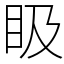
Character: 𥄫